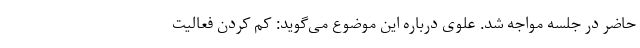
حاضر در جلسه مواجه شد. علوی درباره اين موضوع می‌گويد: كم كردن فعاليت